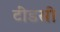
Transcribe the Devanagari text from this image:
टींडसी